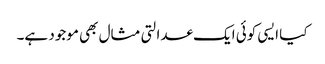
کیا ایسی کوئی ایک عدالتی مثال بھی موجود ہے۔